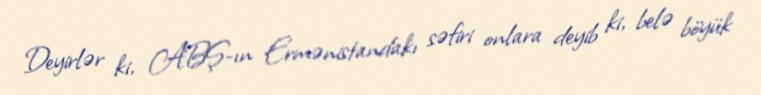
Deyirlər ki, ABŞ-ın Ermənistandakı səfiri onlara deyib ki, belə böyük